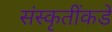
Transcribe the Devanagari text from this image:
संस्कृतींकडे